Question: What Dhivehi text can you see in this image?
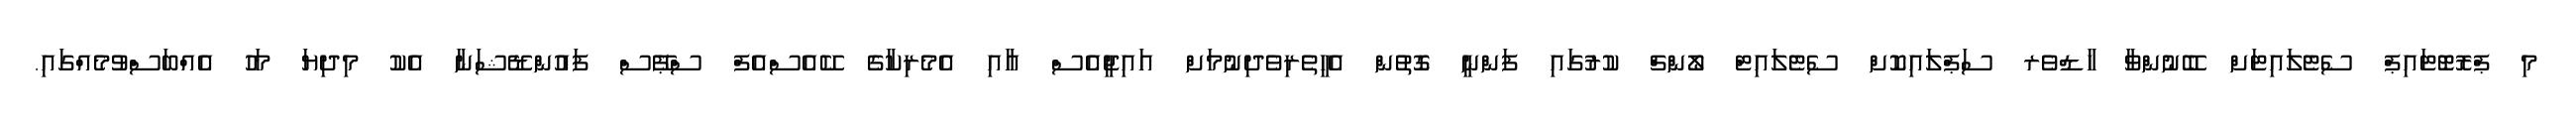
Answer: މި ޕްރޮޓޮޓައިޕް ސެޓެލައިޓަށް ބޭނުންވާ ހާޑްވެރ ސަޕްލައިކޮށް ސެޓެލައިޓް ލޯންޗް ކުރުގައި ފަންނީ ގޮތުން އެހީތެރިވެދިނުމަށް އައިޖީއެސް އާއި އެމެރިކާގެ ކޭއެސްއެފް ސްޕޭސް ފައުންޑޭޝަނާ އެކު މިދިޔަ މަހު އެއްބަސްވުމެއްގައި.